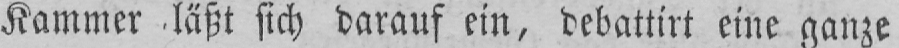
Kammer läßt sich darauf ein, debattirt eine ganze